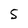
Character: 5